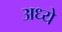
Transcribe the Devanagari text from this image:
अध्ये